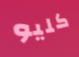
كليو